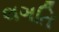
લગતિ